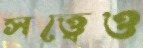
সত্ত্বেও